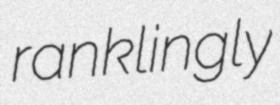
ranklingly